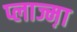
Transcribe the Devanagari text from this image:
प्लाज्म़ा